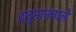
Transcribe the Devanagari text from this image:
हनुमानवाले